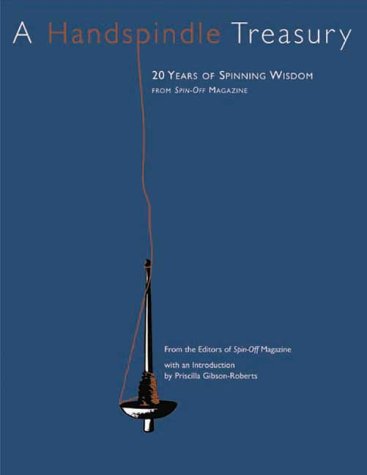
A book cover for Handspindle Treasury; Spin-Off Magazine; Crafts, Hobbies & Home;